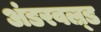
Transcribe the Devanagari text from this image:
अंडरवल्र्ड